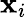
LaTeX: \textbf{x}_{i}